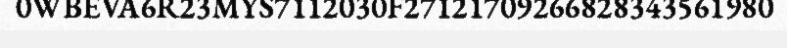
0WBEVA6R23MYS7112030F27121709266828343561980